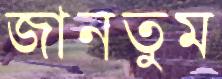
জানতুম